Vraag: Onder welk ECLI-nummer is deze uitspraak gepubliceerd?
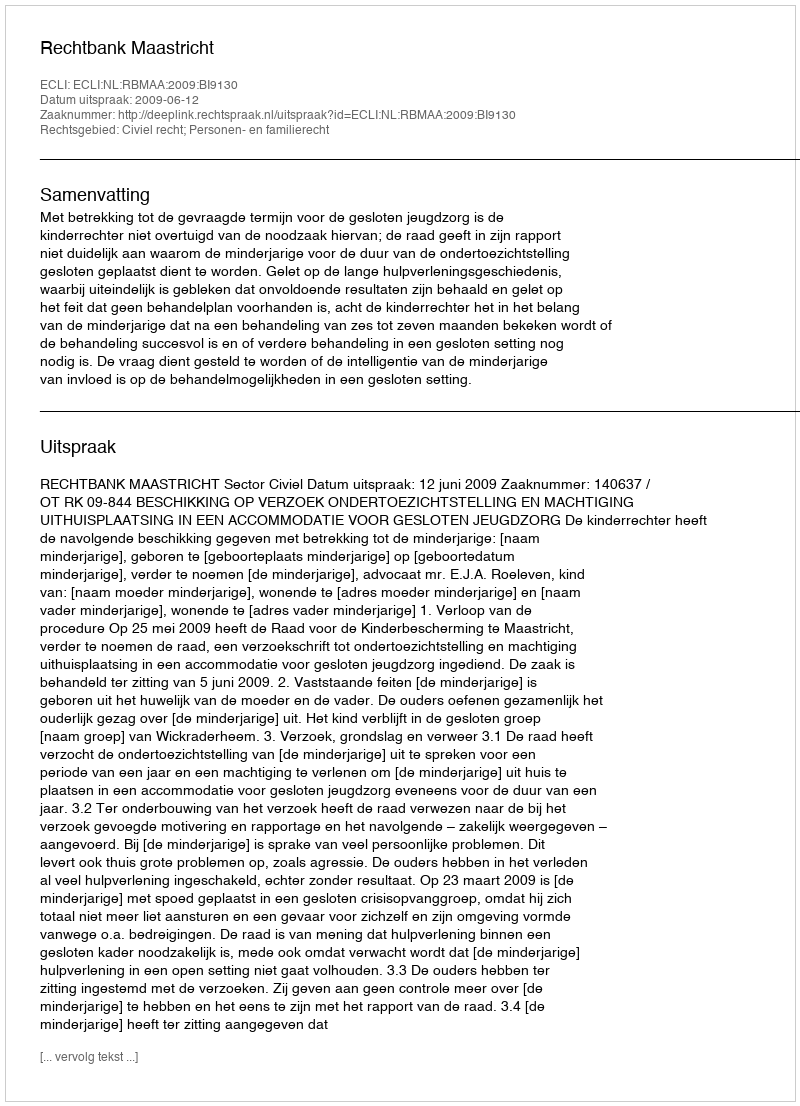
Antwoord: ECLI:NL:RBMAA:2009:BI9130